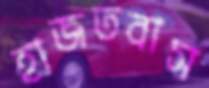
হাজতবাস